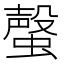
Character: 𧐡